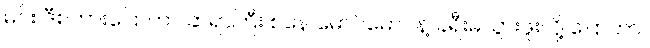
မင်း ဒီစကားပြောတာ ဆရာကြီး စနေ မောင်မောင်နဲ့ ခရီးမသွားဖူးလို့ ပြောတာ။